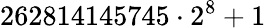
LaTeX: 262814145745\cdot 2^{8}+1